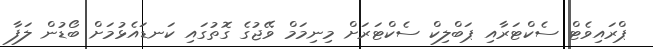
ޕްރައިވެޓް ސެކްޓަރާއި ޕަބްލިކް ސެކްޓަރަށް މިނިމަމް ވޭޖުގެ ގޮތުގައި ކަނޑައެޅުމަށް ބޯޑުން ލަފާ